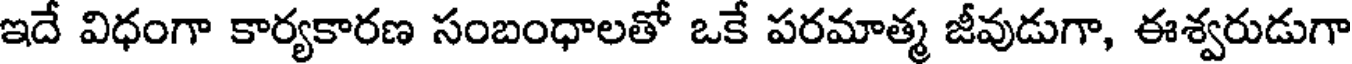
ఇదే విధంగా కార్యకారణ సంబంధాలతో ఒకే పరమాత్మ జీవుడుగా, ఈశ్వరుడుగా